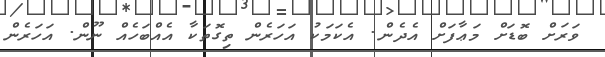
ވަރަށް ބޮޑަށް މަޢާފަށް އެދެން. އެކަމަކު އަހަރެން ތިގޮތަކާ އެއްބަހެއް ނޫން. އަހަރެން